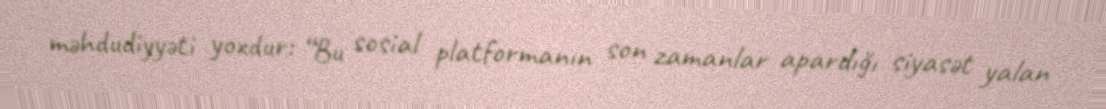
məhdudiyyəti yoxdur: “Bu sosial platformanın son zamanlar apardığı siyasət yalan